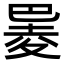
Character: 𪩮